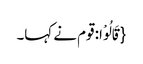
{قَالُوْا: قوم نے کہا۔